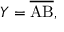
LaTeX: Y = { \overline { \mathrm { { A B } } } } ,